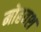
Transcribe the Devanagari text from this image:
मोहवश